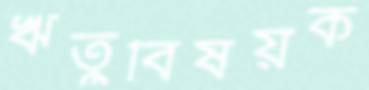
ঋতুবিষয়ক